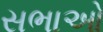
સભાઓ